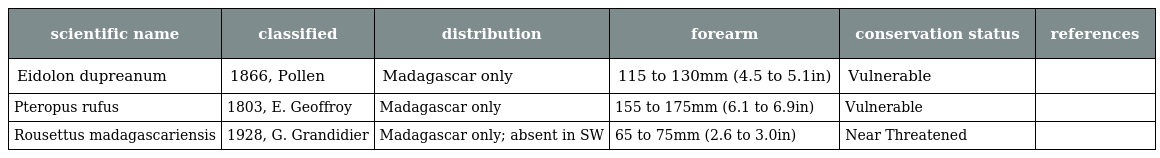
| scientific name | classified | distribution | forearm | conservation status | references |
 | --- | --- | --- | --- | --- | --- |
 | Eidolon dupreanum | 1866, Pollen | Madagascar only | 115 to 130mm (4.5 to 5.1in) | Vulnerable |  |
 | Pteropus rufus | 1803, E. Geoffroy | Madagascar only | 155 to 175mm (6.1 to 6.9in) | Vulnerable |  |
 | Rousettus madagascariensis | 1928, G. Grandidier | Madagascar only; absent in SW | 65 to 75mm (2.6 to 3.0in) | Near Threatened |  |